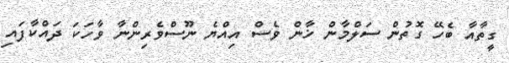
ގީތާއާ ބެހޭ ގޮތުން ސަލްމާން ޚާން ވެސް އިއްޔެ ނޫސްވެރިންނާ ވާހަކަ ދައްކާފައި